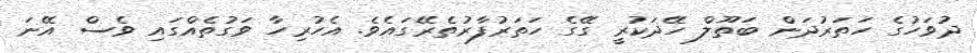
ދުވަހުގެ ހަތަރުދަން ބަތޫލް ހޭދަކުރީ ގޭގެ ހަތަރުފާރުތެރޭގައެވެ. އެހުރިހާ ވަގުތެއްގައި ވެސް އޭނަ